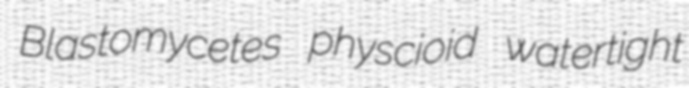
Blastomycetes physcioid watertight